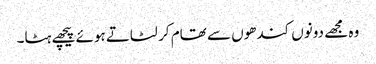
وہ مجھے دونوں کندھوں سے تھام کر لٹاتے ہوئے پیچھے ہٹا۔